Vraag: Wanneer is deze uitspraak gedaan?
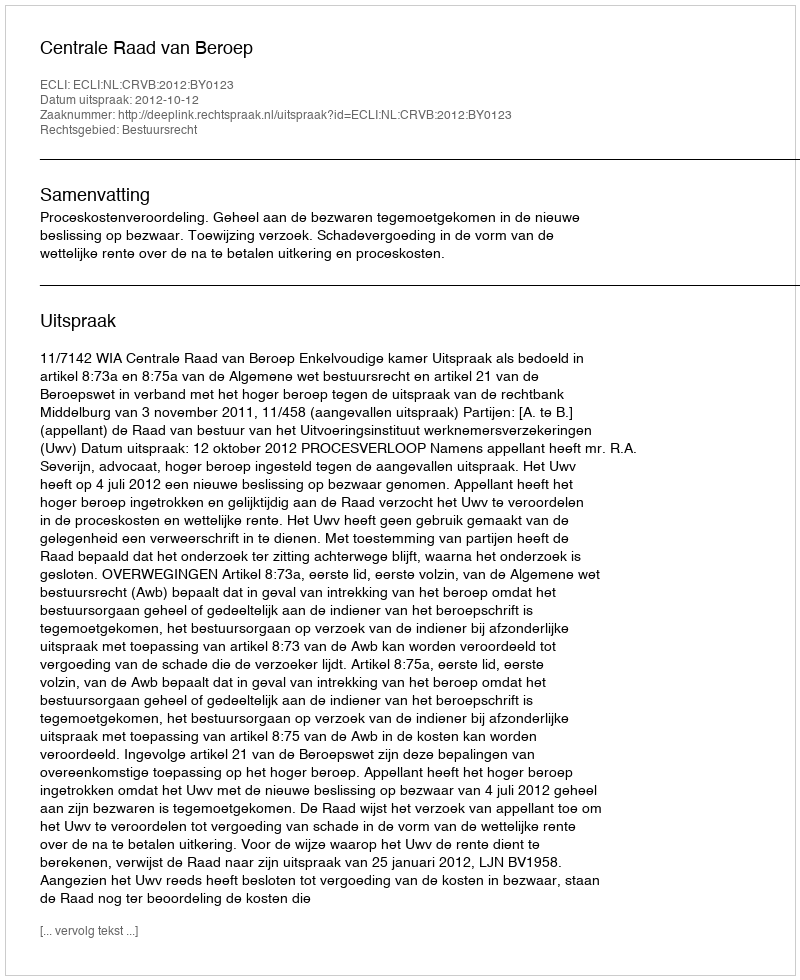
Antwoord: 2012-10-12